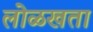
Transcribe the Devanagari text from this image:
लोळखता